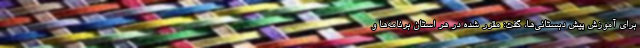
برای آموزش پیش دبستانی‌ها، گفت: مقرر شده در هر استان برنامه‌ها و